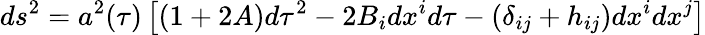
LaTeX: ds^{2}=a^{2}(\tau)\left[(1+2A)d\tau^{2}-2B_{i}dx^{i}d\tau-\left(\delta_{ij}+h_{ij}\right)dx^{i}dx^{j}\right]